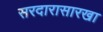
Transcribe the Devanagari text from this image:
सरदारासारखा